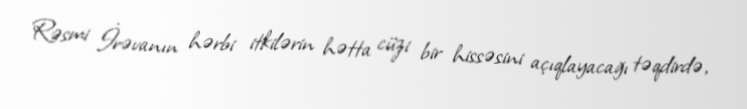
Rəsmi İrəvanın hərbi itkilərin hətta cüzi bir hissəsini açıqlayacağı təqdirdə,